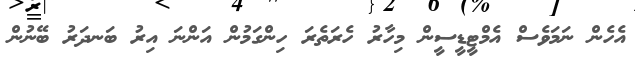
އެހެން ނަމަވެސް އެމްޓީޑީސީން މިހާރު ހެރަތެރަ ހިންގަމުން އަންނަ އިރު ބަނދަރު ބޭނުން